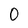
Character: 0